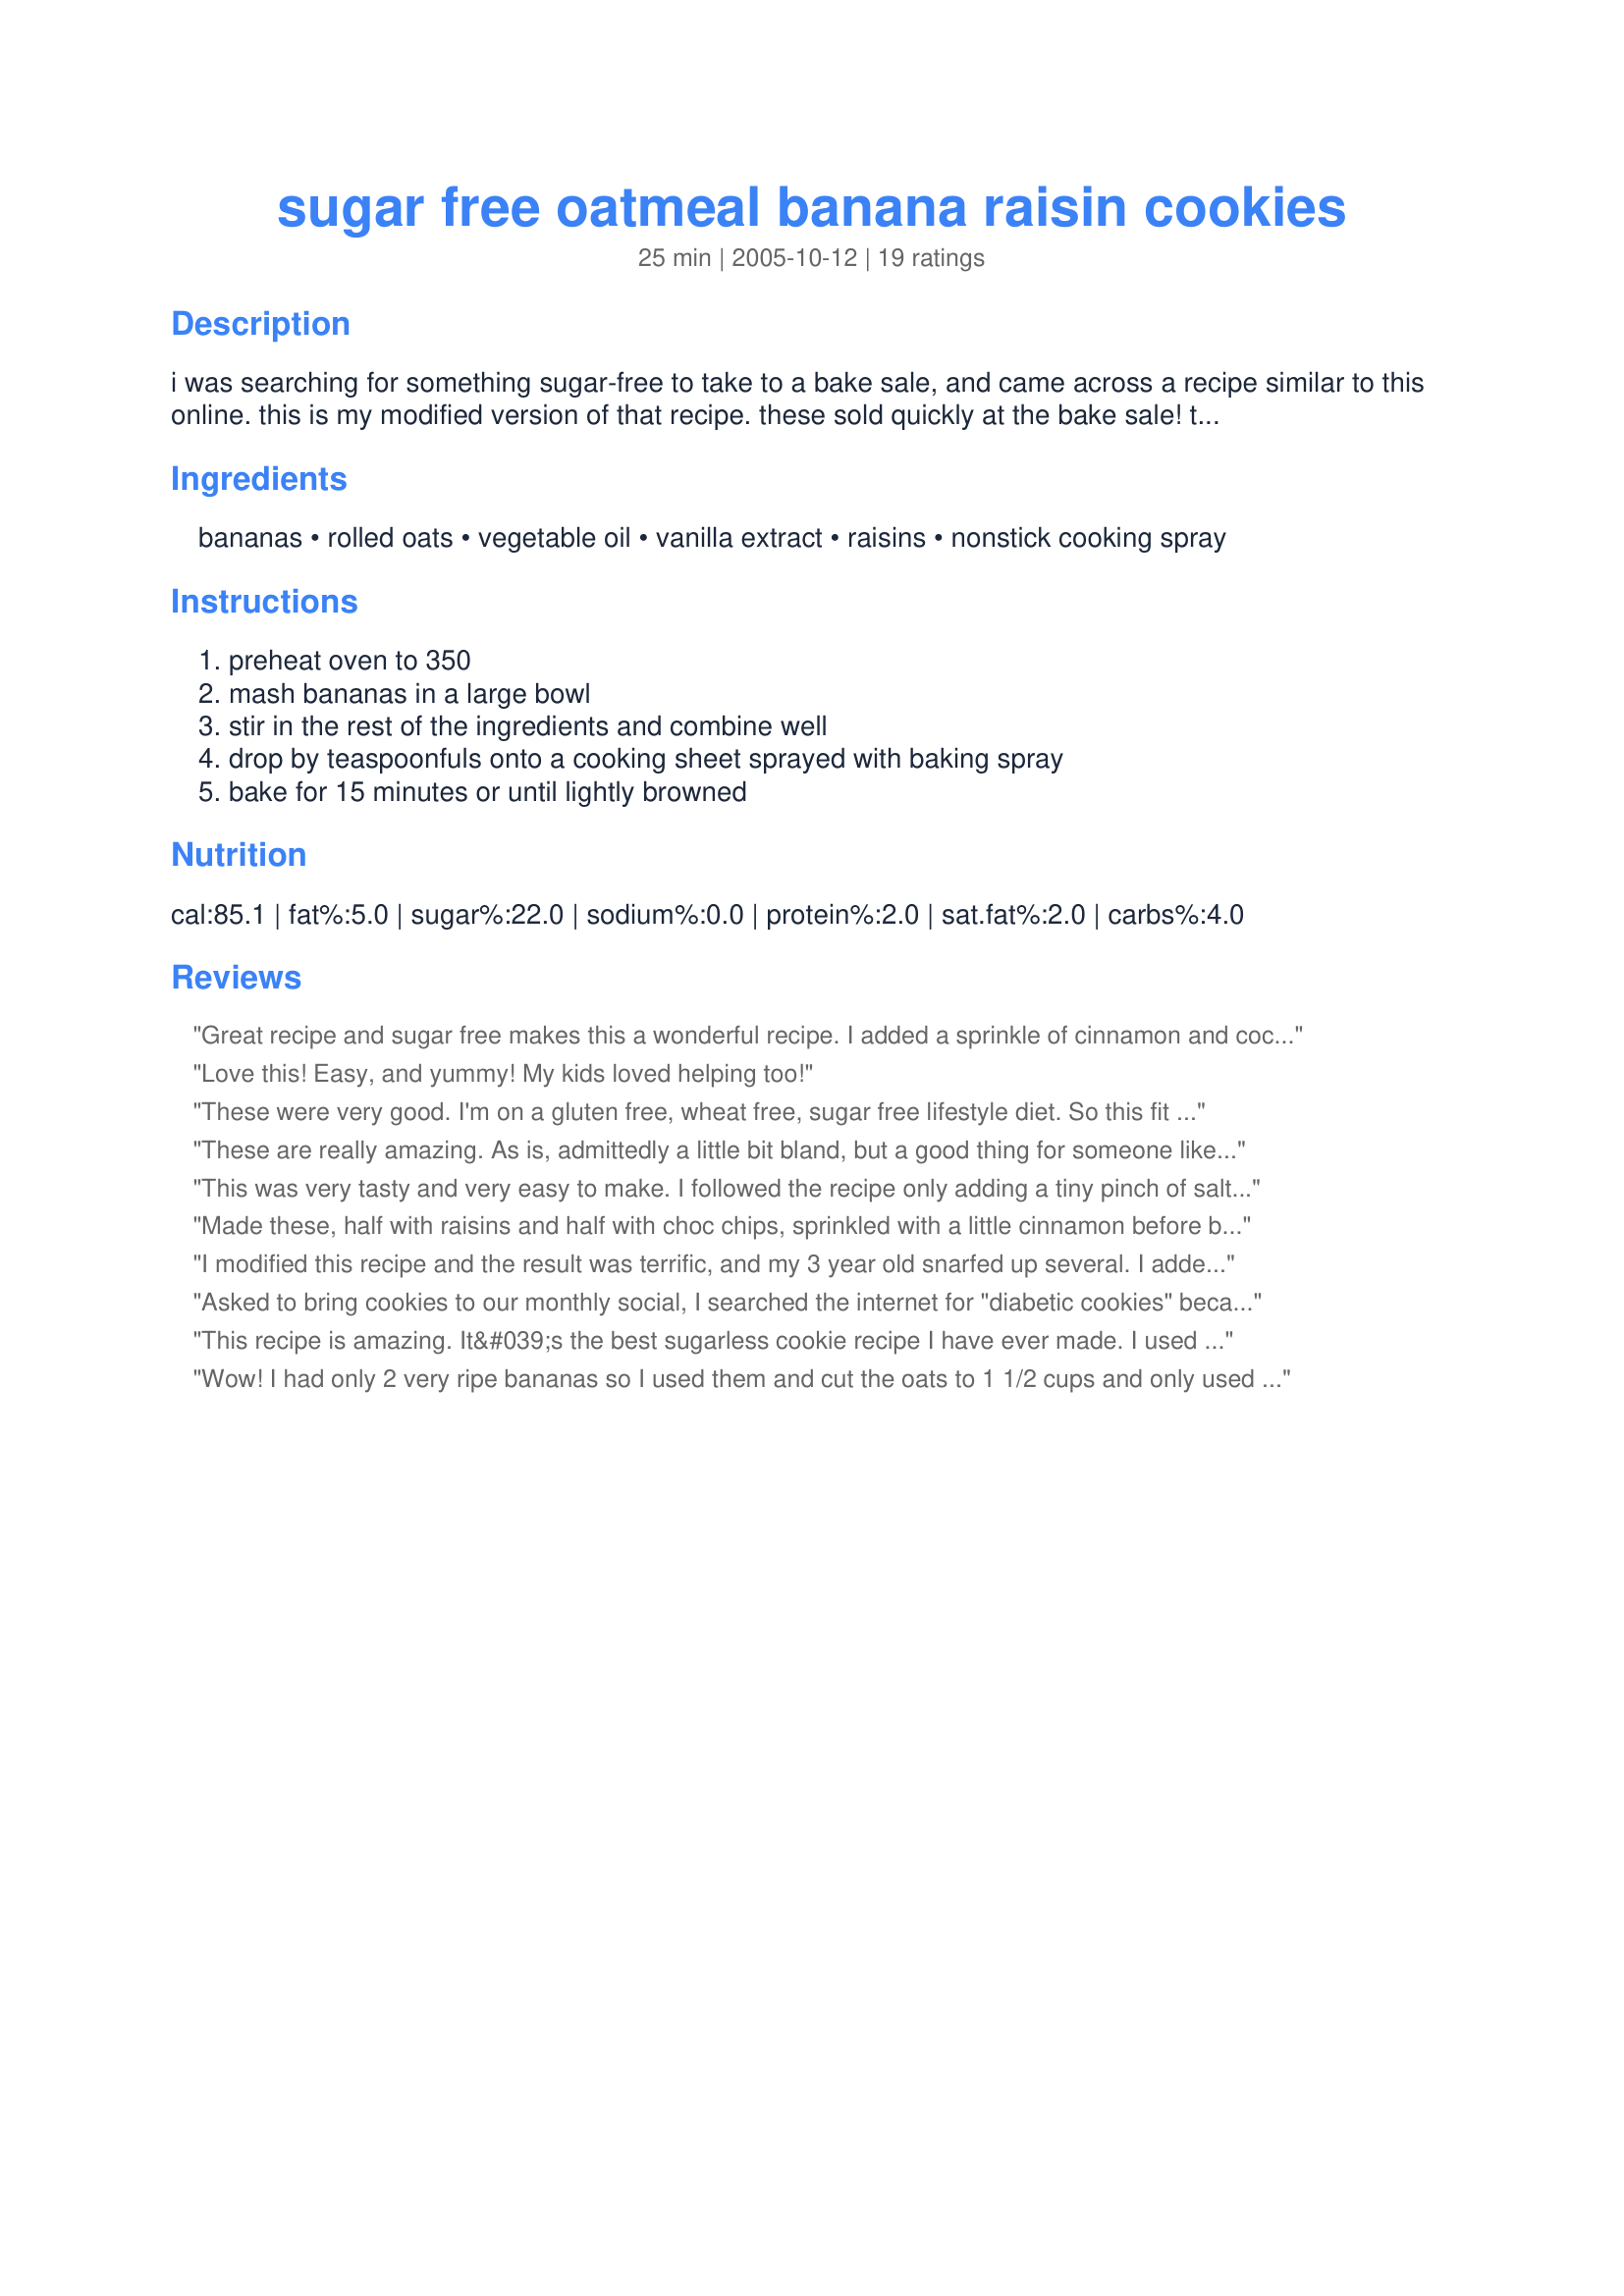
sugar free oatmeal banana raisin cookies
Preparation time: 25 minutes

i was searching for something sugar-free to take to a bake sale, and came across a recipe similar to this online. this is my modified version of that recipe. these sold quickly at the bake sale! they have a granola-like appearance and are soft and chewy. a little cinnamon added in might be good, too.

Ingredients:
bananas, rolled oats, vegetable oil, vanilla extract, raisins, nonstick cooking spray

Steps:
preheat oven to 350, mash bananas in a large bowl, stir in the rest of the ingredients and combine well, drop by teaspoonfuls onto a cooking sheet sprayed with baking spray, bake for 15 minutes or until lightly browned

Reviews:
Great recipe and sugar free makes this a wonderful recipe. I added a sprinkle of cinnamon and coconut flakes, because I didn't have raisins. Easy batter, and they baked in a mound. Here is a pic... can't wait to sample them. Thanks again!
Love this! Easy, and yummy! My kids loved helping too!
These were very good. I'm on a gluten free, wheat free, sugar free lifestyle diet. So this fit the bill perfectly. The bananas have their own natural sweetness to these cookies. The only thing I did differently was add a pinch of cinnamon and subbed the rasins for crasins. Next time I will omit the crasins all together, otherwise I think these are a good light cookie without the guilt. Awesome post!
These are really amazing. As is, admittedly a little bit bland, but a good thing for someone like me, who struggles to eat breakfast. Feels a bit naughty eating cookies for breakfast, but its all good stuff! I've tried these with extra sweetener in, agave nectar and I used up some date syrup I had hanging around in them, which works really well, though you may need a few more oats. Also try subbing a nice muesli for the oats, or do one cup muesli, one cup of oats! If you get one with lots of different fruits and nuts in, it makes it a bit different! I have a bar of no added sugar chocolate sitting in the fridge that I'm going to chop up for the next batch... Four stars because, while the idea is AMAZING, the recipe needs tweaks to make it a little more 'cookie-like'. In my opinion. Thank you for the recipe! &lt;3
This was very tasty and very easy to make. I followed the recipe only adding a tiny pinch of salt (due to what the other reviews said) and changing the baking time for my oven. <br/><br/>They didn't last the night. I will so make these again!
Made these, half with raisins and half with choc chips, sprinkled with a little cinnamon before baking. My husband and I found them a little bland but my 16 month old daughter thought the raisin ones were great and is also a good way to get her to eat banana as she normally wont touch it. I would make these again for my little one but will probably try with apple sauce instead of oil and with a little peanut butter next time. Thanks for posting!!
I modified this recipe and the result was terrific, and my 3 year old snarfed up several. I added a little bit of molasses, perhaps a tsp or two, and added cinnamon, but omitted the raisins. I was hoping to make these into bars instead of drop cookies, so I added some Bisquick to thicken the batter. I didn't measure, but looked like about a half cup or so. Then I poured the batter into my "Perfect Brownie" bakeware and cooked for the same time/temp to start, which was still correct for my version. Came out like a hybrid between a banana-oat muffin and cookie as far as consistency, just the right amount of light sweetness and spice.
Asked to bring cookies to our monthly social, I searched the internet for "diabetic cookies" because I had just found out I have hypoglycemia. I mixed up the batch and cooked a couple of these treats and found it to have more of an oatmeal banana bread consistency and taste. I added a tablespoon of Splenda, flattened the drops with a fork like you do with peanut butter cookies and slightly increased the cooking time. They still kept their softness. I recommend these healthy treats for your next "cookie" assignment. Don't forget to bring the recipe along!
This recipe is amazing. It&#039;s the best sugarless cookie recipe I have ever made. I used coconut oil instead of veg oil and it was great. I actually added a touch less then the recipe called for and a bit less raisins which was perfect for us! Would recommend to anyone.
Wow! I had only 2 very ripe bananas so I used them and cut the oats to 1 1/2 cups and only used 1/4 cup corn oil. Sprinkled with cinnamon and popped them into the oven. The look more like drops or mounds than cookies since they didn't flatten out like cookies do. My kids loved them but I had to stop them from eating more because I am bringing these to a friend's house tonight! Thanks for a great (and healthy) recipe that was so easy and quick to make!
I had never tried a sugar free cookie before. These were good, but more of a snack food than dessert. I added some cinnamon in with the batter, which was surprisingly tasty. I would suggest putting in less than 1 cup of raisins, as the taste of raisins overpowered the actual cookie.
Thank you, I love this recipe! I've made it twice now. I use coconut oil and this time I added grated turmeric and desiccated coconut. Yum yum yum
These really didn't taste good at all. The other people who rated these added sugar or splenda, which of course made them better.
Excellent, naturally sweet, vegan cookie! I used 2 bananas and 1/4 cup applesauce and added 2 tbsp of peanut butter. I also used 3/4 cup chocolate chips instead of the raisins. Yum!
I only made 8 cookies because I only had one banana left after making banana bread. I didn't use any oil and instead just used unsweetened apple sauce. I didn't have any raisins and I thought about adding chocolate chips but I decided not too. They taste pretty good and they were really easy to make.
I have been on a kick with trying to find lighter desserts for the kids to enjoy, and this one was perfect. I subbed 1/2 cup applesauce for the oil and Craisins for the raisins. I then made half sprinkled with cinnamon and the other half with a small dollop of peanut butter on top. They're nothing special, but my 2-year-old went crazy for them! I'll definitely be making them often. Thank you!
I absolutely loved these. Not only were they quick and easy, they tasted amazing. I have a fibromyalgia (so no sugar or potatoes), I also have celiac disease and a bunch of other food allergies (restrictions) so this was a great recipe for me. Thank you so much!
Without modifications, this recipe is a 3 or a 4: something I might make again if I needed to use the same ingredients (4), maybe (3). Plain, it tastes like it needs a pinch of salt, maybe something else. However, I nudged it upwards because it uses so few ingredients (and uses up bananas that the Toddler doesn't eat in time since he goes through food phases!) and because it's so amenable to changes that I know I will make it again and again. My additions: 1 tsp ground cinnamon (I love cinnamon), 1/4 tsp ground cloves, a very scant 1/2 cup chocolate chips (yum, yum!), and 1/2 cup sliced almonds coarsely crushed. I made these in silicone muffin cups (18), and since I added more dry ingredients, I had to press down REALLY HARD to get them to hold together (as I expected). I love oats in cookies, too! With my sweet tooth always trying to get the better of my waistline, this is a keeper!

Fast to make, 5 common ingredients, sweet enough to be a tasty dessert WITHOUT REFINED SUGAR, quick to bake, easy to vary it up: my favorite kind of recipe!
Fantastic! I made these for my sister, who is diabetic, and was thrilled that I loved them too. Thanks for a delicious and very easy-to-make recipe!
